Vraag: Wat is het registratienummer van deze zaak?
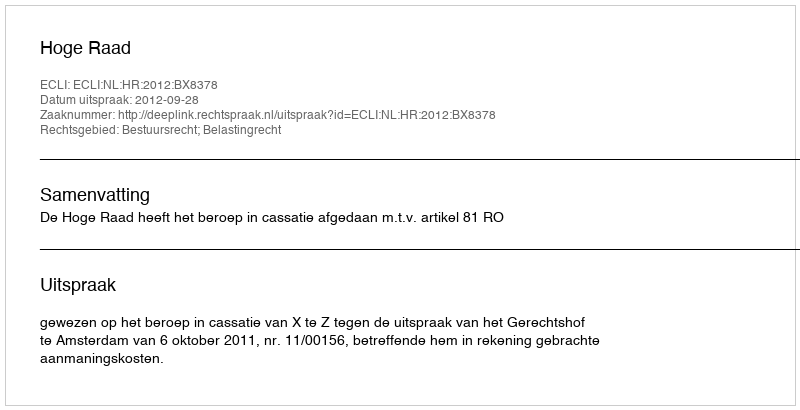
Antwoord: http://deeplink.rechtspraak.nl/uitspraak?id=ECLI:NL:HR:2012:BX8378